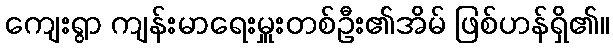
ကျေးရွာ ကျန်းမာရေးမှူးတစ်ဦး၏အိမ် ဖြစ်ဟန်ရှိ၏။